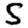
Digit: 5